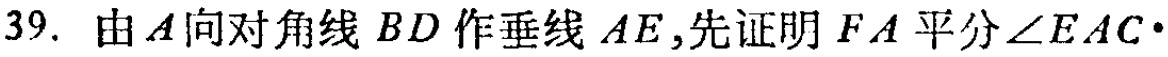
39. 由\(A\)向对角线\(BD\)作垂线\(AE\)，先证明\(FA\)平分\(\angle EAC\)。